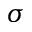
\sigma